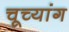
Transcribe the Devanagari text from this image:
चूच्यांग